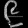
Digit: ၉